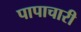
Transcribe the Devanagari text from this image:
पापाचारी